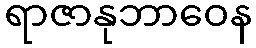
ရာဇာနုဘာဝေန